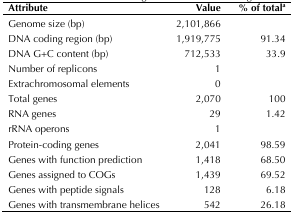
| Attribute | Value | % of totala |
 | --- | --- | --- |
 | Genome size (bp) | 2,101,866 |  |
 | DNA coding region (bp) | 1,919,775 | 91.34 |
 | DNA G+C content (bp) | 712,533 | 33.9 |
 | Number of replicons | 1 |  |
 | Extrachromosomal elements | 0 |  |
 | Total genes | 2,070 | 100 |
 | RNA genes | 29 | 1.42 |
 | rRNA operons | 1 |  |
 | Protein-coding genes | 2,041 | 98.59 |
 | Genes with function prediction | 1,418 | 68.50 |
 | Genes assigned to COGs | 1,439 | 69.52 |
 | Genes with peptide signals | 128 | 6.18 |
 | Genes with transmembrane helices | 542 | 26.18 |